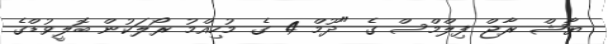
ޔާޝް ރާޖް ފިލްމްސް ގެ "ދޫމް 4 ގެ މުހިއްމު ރޯލަކުން ބޮލީވުޑްގެ